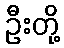
ဦးတို့